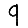
Digit: 9